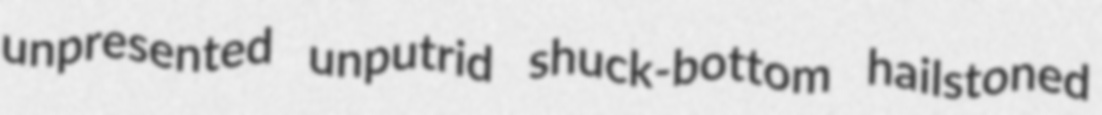
unpresented unputrid shuck-bottom hailstoned